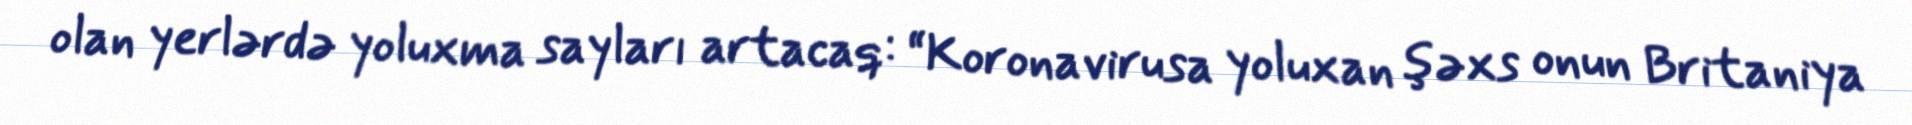
olan yerlərdə yoluxma sayları artacaq: “Koronavirusa yoluxan şəxs onun Britaniya